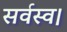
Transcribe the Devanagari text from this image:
सर्वस्व।